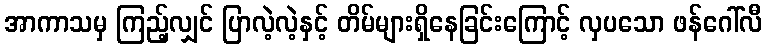
အာကာသမှ ကြည့်လျှင် ပြာလဲ့လဲ့နှင့် တိမ်များရှိနေခြင်းကြောင့် လှပသော ဖန်ဂေါ်လီ